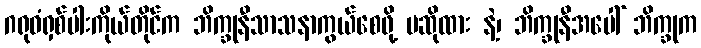
ဂရုဓံရှစ်ပါးကိုယ်တိုင်က ဘိက္ခုနီသာသနာကွယ်စေဖို့ မဆိုထား နဲ့၊ ဘိက္ခုနီအပေါ် ဘိက္ခုက